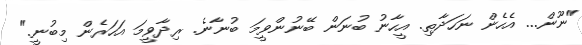
"ނޫން... އެހެން ނަހަދާތި. އީހާނު ބުނަން ބޭނުންވީމަ ބުނާނެ. ރިދާވީމަ އަހަރެން މިބުނީ."